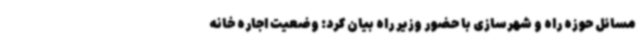
مسائل حوزه راه و شهرسازی با حضور وزیر راه بیان کرد: وضعیت اجاره خانه